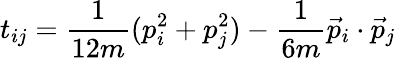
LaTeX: t_{ij}=\frac{1}{12m}(p_{i}^{2}+p_{j}^{2})-\frac{1}{6m}\vec{p}_{i}\cdot\vec{p}_{j}